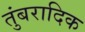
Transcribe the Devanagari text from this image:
तुंबरादिक